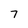
Character: 7